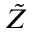
\tilde { Z }